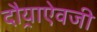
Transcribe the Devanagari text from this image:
दौर्‍याऐवजी